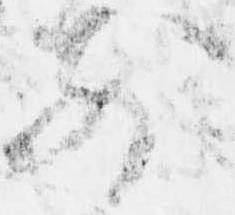
前